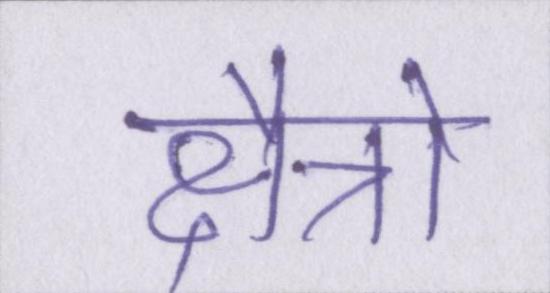
क्षैत्रो